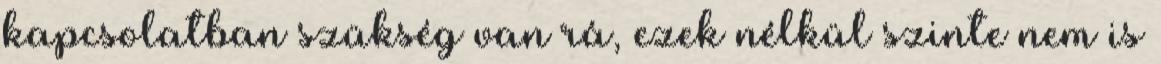
kapcsolatban szükség van rá, ezek nélkül szinte nem is